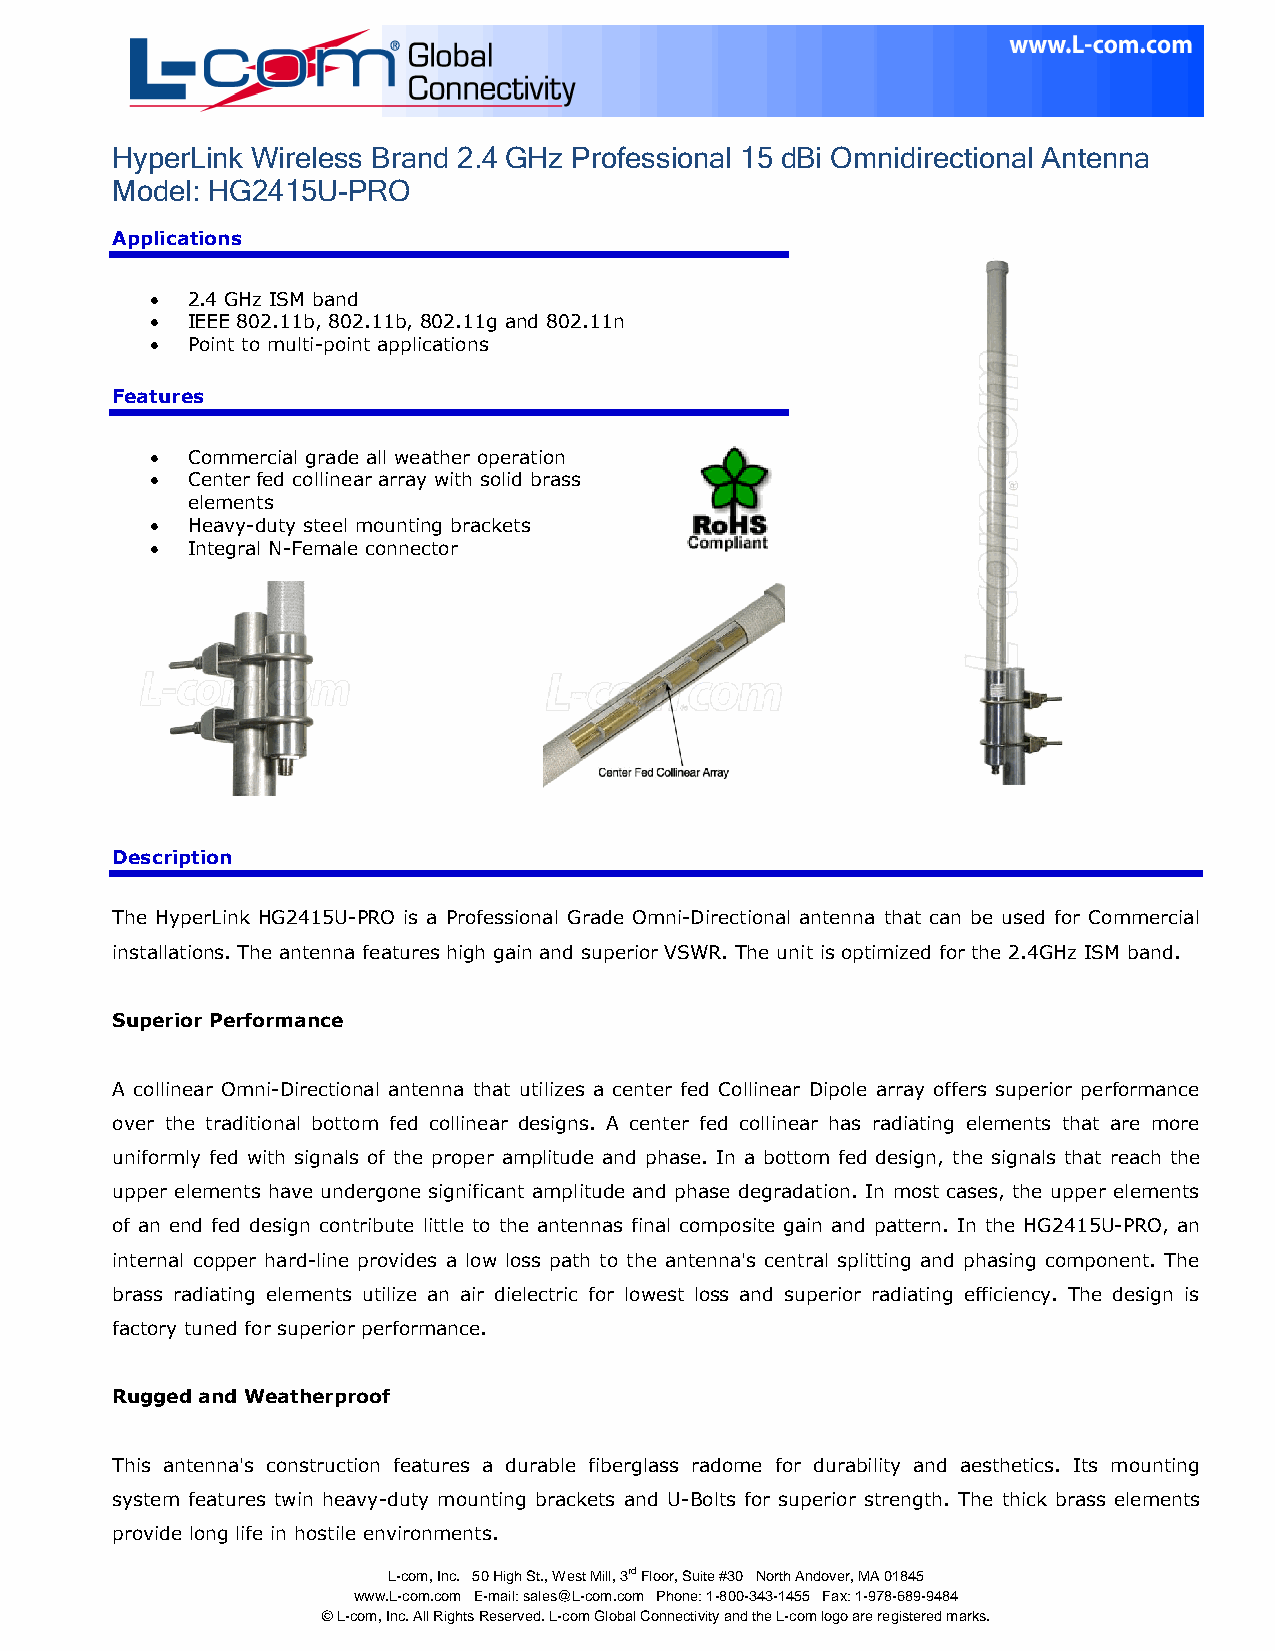
HyperLink Wireless Brand 2.4 GHz Professional 15 dBi Omnidirectional Antenna
 Model: HG2415U-PRO
 Applications
  2.4 GHz ISM band
  IEEE 802.11b, 802.11b, 802.11g and 802.11n
  Point to multi-point applications
 Features
  Commercial grade all weather operation
  Center fed collinear array with solid brass
 elements
  Heavy-duty steel mounting brackets
  Integral N-Female connector
 Description
 The HyperLink HG2415U-PRO is a Professional Grade Omni-Directional antenna that can be used for Commercial
 installations. The antenna features high gain and superior VSWR. The unit is optimized for the 2.4GHz ISM band.
 Superior Performance
 A collinear Omni-Directional antenna that utilizes a center fed Collinear Dipole array offers superior performance
 over the traditional bottom fed collinear designs. A center fed collinear has radiating elements that are more
 uniformly fed with signals of the proper amplitude and phase. In a bottom fed design, the signals that reach the
 upper elements have undergone significant amplitude and phase degradation. In most cases, the upper elements
 of an end fed design contribute little to the antennas final composite gain and pattern. In the HG2415U-PRO, an
 internal copper hard-line provides a low loss path to the antenna's central splitting and phasing component. The
 brass radiating elements utilize an air dielectric for lowest loss and superior radiating efficiency. The design is
 factory tuned for superior performance.
 Rugged and Weatherproof
 This antenna's construction features a durable fiberglass radome for durability and aesthetics. Its mounting
 system features twin heavy-duty mounting brackets and U-Bolts for superior strength. The thick brass elements
 provide long life in hostile environments.
 L-com, Inc. 50 High St., West Mill, 3rd Floor, Suite #30 North Andover, MA 01845
 www.L-com.com E-mail: sales@L-com.com Phone: 1-800-343-1455 Fax: 1-978-689-9484
 © L-com, Inc. All Rights Reserved. L-com Global Connectivity and the L-com logo are registered marks.